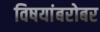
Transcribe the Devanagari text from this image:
विषयांबरोबर